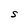
Character: S